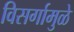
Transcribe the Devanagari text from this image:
विसर्गामुळे